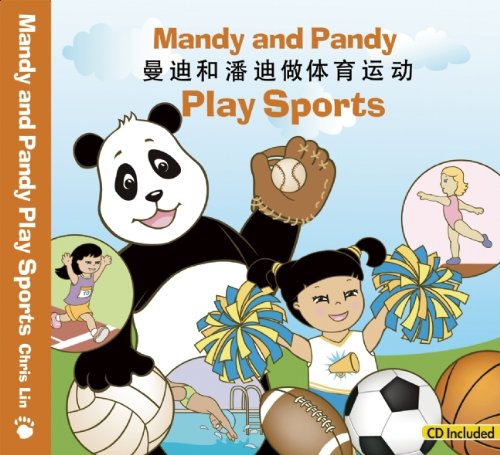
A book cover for Mandy and Pandy Play Sports (English and Mandarin Chinese Edition); Chris Lin; Children's Books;